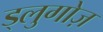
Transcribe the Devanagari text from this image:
ड्लुगोज़